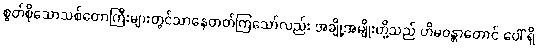
စွတ်စိုသောသစ်တောကြီးများတွင်သာနေတတ်ကြသော်လည်း အချို့အမျိုးတို့သည် ဟိမဝန္တာတောင် ပေါ် ရှိ